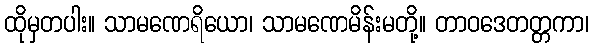
ထိုမှတပါး။ သာမဏေရိယော၊ သာမဏေမိန်းမတို့။ တာဝဒေတတ္တကာ၊